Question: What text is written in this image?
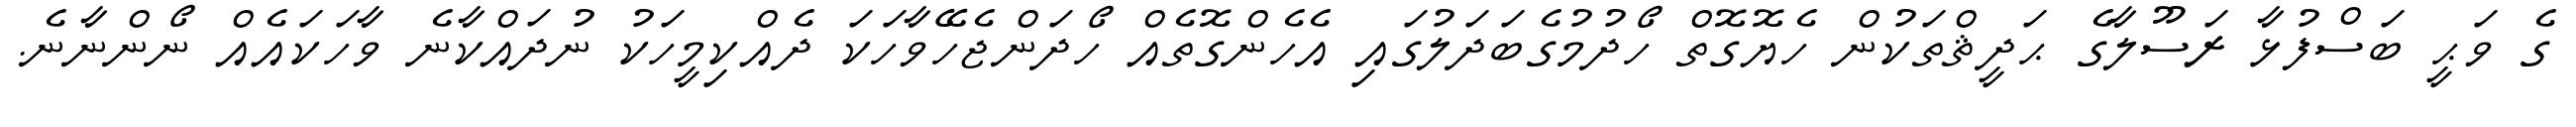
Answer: ގެ ވަޙީ ބަސްފުޅާ ރަސޫލާގެ ޙަދީޘްތަކުން ހެޔޮގޮތް ހޯދުމުގެބަދަލުގައި އެހެންގޮތެއް ހޯދަންޖެހޭވާހަކަ ދެއްކިމީހަކު ނުދައްކާނެ ވާހަކައެއް ނޯންނާނެ.